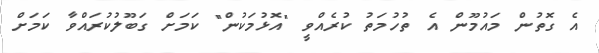
އެ ގޮތުން މައުމޫން އެ ތުހުމަތު ކުރެއްވީ "އޮޅުމަކުން" ކަމަށް ގަބޫލުކުރައްވާ ކަމަށް